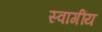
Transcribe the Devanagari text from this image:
स्वागींय